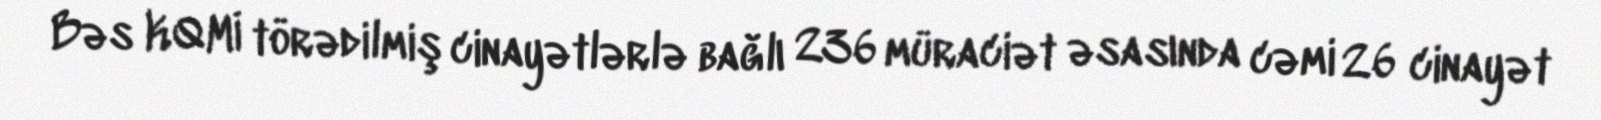
Bəs KQMİ törədilmiş cinayətlərlə bağlı 236 müraciət əsasında cəmi 26 cinayət